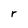
Character: r